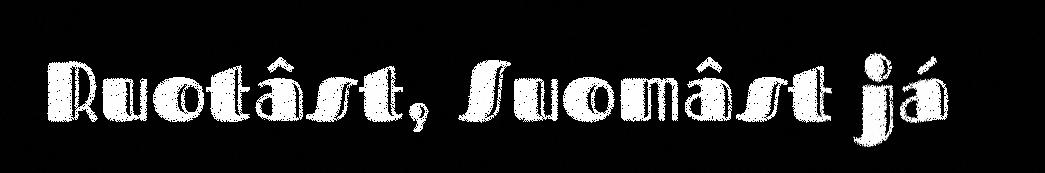
Ruotâst, Suomâst já